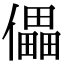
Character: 儡